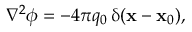
\begin{array} { r } { \nabla ^ { 2 } \phi = - 4 \pi q _ { 0 } \, \updelta ( \mathbf { x } - \mathbf { x } _ { 0 } ) , } \end{array}